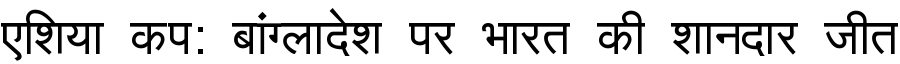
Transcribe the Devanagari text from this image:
एशिया कप: बांग्लादेश पर भारत की शानदार जीत